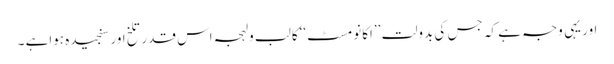
اور یہی وجہ ہے کہ جس کی بدولت ’’اکانومسٹ‘‘کا لب ولہجہ اس قدر تلخ اور سنجیدہ ہواہے ۔